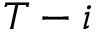
T - i